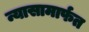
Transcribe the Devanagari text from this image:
न्यासामार्फत